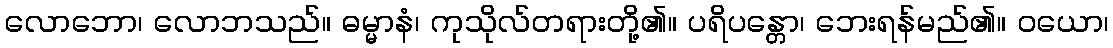
လောဘော၊ လောဘသည်။ ဓမ္မာနံ၊ ကုသိုလ်တရားတို့၏။ ပရိပန္တော၊ ဘေးရန်မည်၏။ ဝယော၊